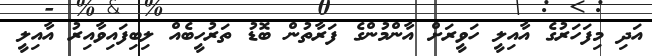
އަދި މިފަހަރުގެ އާއިލީ ހަވީރަށް އާންމުންގެ ފަރާތުން ބޮޑު ތަރުހީބެއް ލިބިފައިވާއިރު އާއިލީ